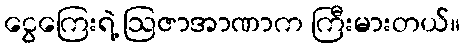
ငွေကြေးရဲ့ ဩဇာအာဏာက ကြီးမားတယ်။